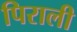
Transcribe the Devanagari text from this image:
पिराली